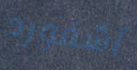
آشفورد